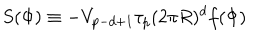
LaTeX: S ( \Phi ) \equiv - V _ { p - d + 1 } \tau _ { p } ( 2 \pi R ) ^ { d } f ( \Phi )